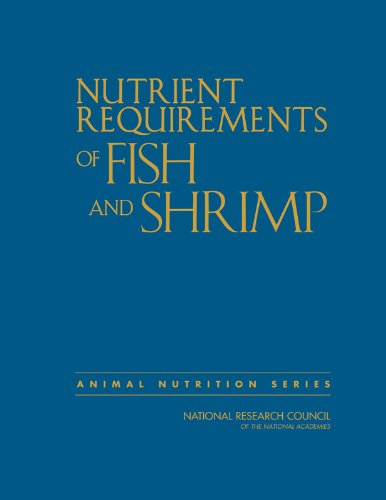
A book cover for Nutrient Requirements of Fish and Shrimp (Animal Nutrition); Committee on the Nutrient Requirements of Fish and Shrimp; Medical Books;